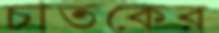
চাতকের